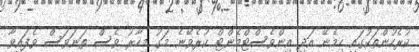
ކުރެހުންތަކުގައި ހިމެނޭ އަދި އިންވެސްޓްމެންޓް ކުރެވޭނެ މަގު މިހާރު ވެސް ތަނަވަސް ވެފައިވާ